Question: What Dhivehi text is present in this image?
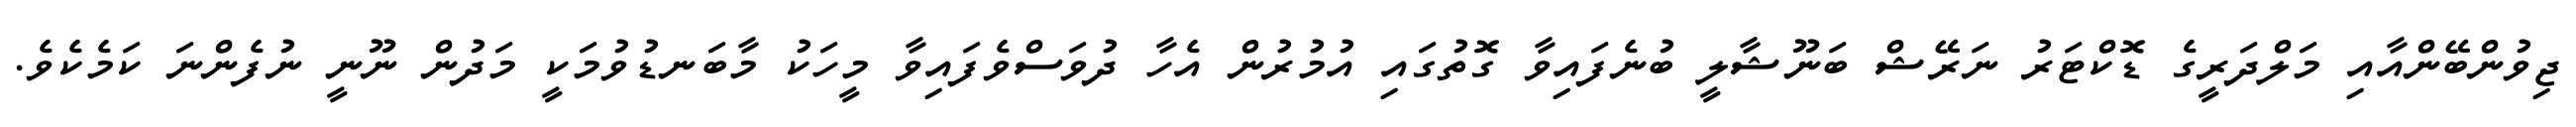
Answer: ޖިވުންބޭންއާއި މަލްދަރީގެ ޑޮކްޓަރު ނަރޭޝް ބަނޫޝާލީ ބުނެފައިވާ ގޮތުގައި އުމުރުން އެހާ ދުވަސްވެފައިވާ މީހަކު މާބަނޑުވުމަކީ މަދުން ނޫނީ ނުފެންނަ ކަމެކެވެ.